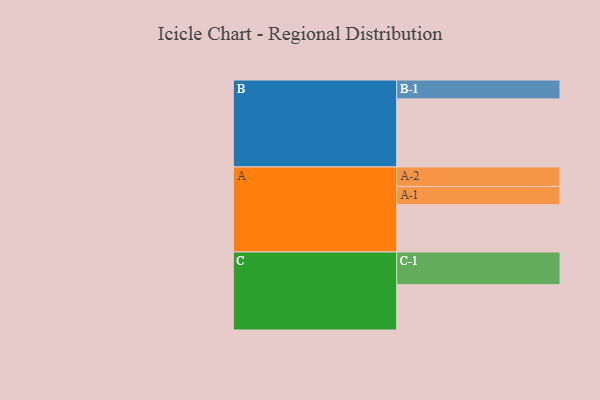
{"axis": {"x": "Segment", "y": "Value"}, "legend": ["", "A", "B", "C"], "data": [{"x": "A", "y": 315, "type": ""}, {"x": "B", "y": 454, "type": ""}, {"x": "C", "y": 302, "type": ""}, {"x": "A-1", "y": 122, "type": "A"}, {"x": "A-2", "y": 130, "type": "A"}, {"x": "B-1", "y": 126, "type": "B"}, {"x": "C-1", "y": 218, "type": "C"}]}